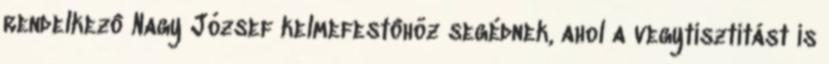
rendelkezô Nagy József kelmefestôhöz segédnek, ahol a vegytisztítást is